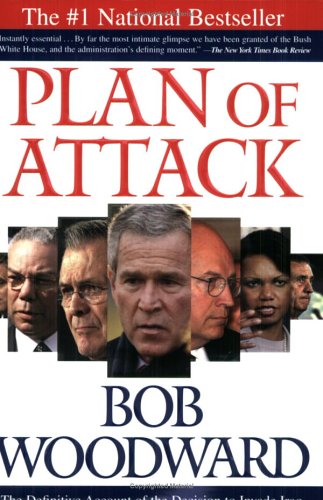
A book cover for Plan of Attack:  The Definitive Account of the Decision to Invade Iraq; Bob Woodward; History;